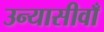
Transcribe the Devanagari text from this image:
उन्यासीवाँ